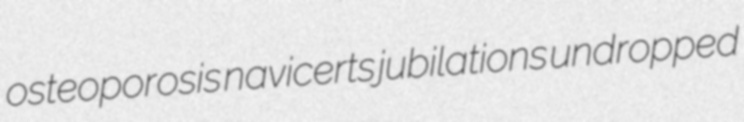
osteoporosis navicerts jubilations undropped